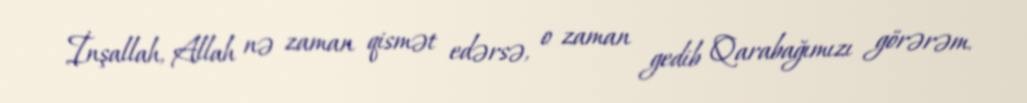
İnşallah, Allah nə zaman qismət edərsə, o zaman gedib Qarabağımızı görərəm.